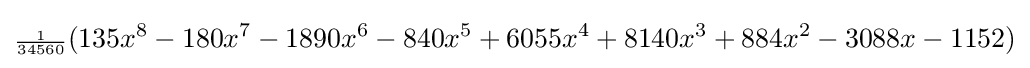
{\scriptstyle {\frac {1}{34560}}}(135x^{8}-180x^{7}-1890x^{6}-840x^{5}+6055x^{4}+8140x^{3}+884x^{2}-3088x-1152)